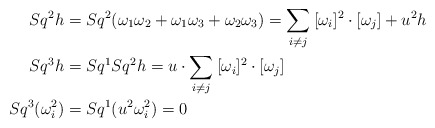
\begin{align*}Sq^2 h &= Sq^2(\omega_1\omega_2+\omega_1\omega_3+\omega_2\omega_3) = \sum_{i\neq j}\: [\omega_i]^2\cdot [\omega_j] + u^2h \\Sq^3h &= Sq^1Sq^2h = u\cdot \sum_{i\neq j}\: [\omega_i]^2\cdot [\omega_j] \\Sq^3(\omega_i^2) &= Sq^1 (u^2\omega_i^2) = 0\end{align*}